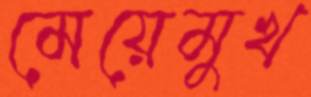
মেয়েমুখ